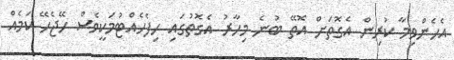
އެހެންވިމާ ކުރިން އެގޮތަށް އޮތޭ ބުނެ މިހާރު އެގޮތުގައި ހިފެހެއްޓުމަކީވެސް ހޭޖެހޭ ކަމެއް